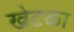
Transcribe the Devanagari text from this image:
खेटका